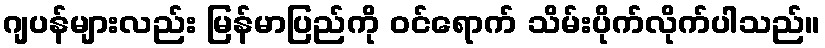
ဂျပန်များလည်း မြန်မာပြည်ကို ဝင်ရောက် သိမ်းပိုက်လိုက်ပါသည်။